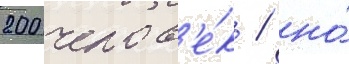
200 челов'е́к / но́